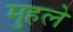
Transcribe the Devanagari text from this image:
मुहले